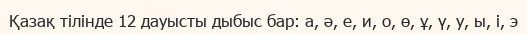
Қазақ тілінде 12 дауысты дыбыс бар: а, ә, е, и, о, ө, ұ, ү, у, ы, і, э